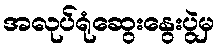
အလုပ်ရုံဆွေးနွေးပွဲမှ